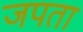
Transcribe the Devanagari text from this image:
जपता